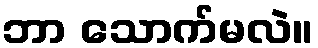
ဘာ သောက်မလဲ။